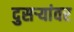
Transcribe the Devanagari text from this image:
दुसर्‍यांवर